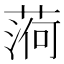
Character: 𦶒